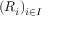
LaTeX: ( R _ { i } ) _ { i \in I }